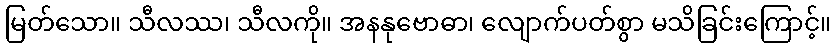
မြတ်သော။ သီလဿ၊ သီလကို။ အနနုဗောဓာ၊ လျောက်ပတ်စွာ မသိခြင်းကြောင့်။